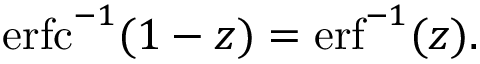
\operatorname { e r f c } ^ { - 1 } ( 1 - z ) = \operatorname { e r f } ^ { - 1 } ( z ) .